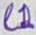
Text: L1